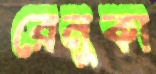
রেনুকা